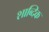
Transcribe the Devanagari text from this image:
शाब्दिक